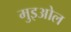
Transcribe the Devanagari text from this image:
मुइओल